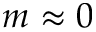
m \approx 0